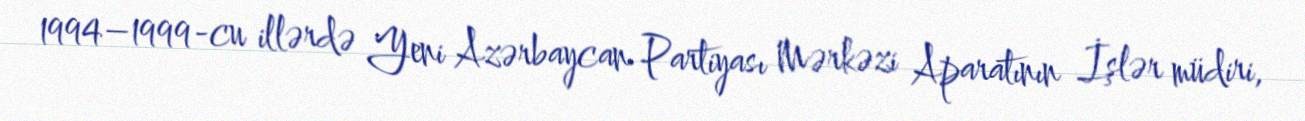
1994–1999-cu illərdə Yeni Azərbaycan Partiyası Mərkəzi Aparatının İşlər müdiri,